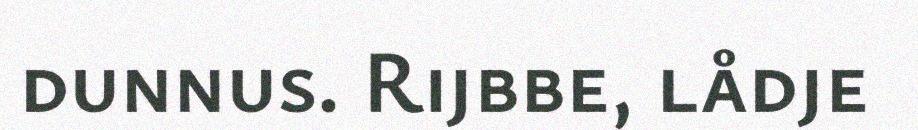
dunnus. Rijbbe, lådje